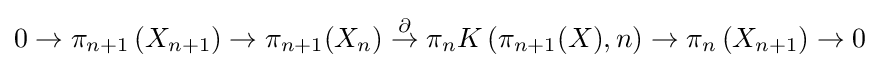
0\to \pi _{n+1}\left(X_{n+1})\to \pi _{n+1}(X_{n}\right)\mathrel {\overset {\partial }{\rightarrow }} \pi _{n}K\left(\pi _{n+1}(X),n\right)\to \pi _{n}\left(X_{n+1}\right)\to 0